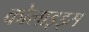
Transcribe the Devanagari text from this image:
कोलाइड्स